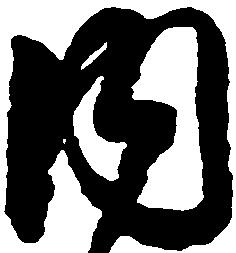
内